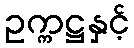
ဥက္ကဋ္ဌနှင့်